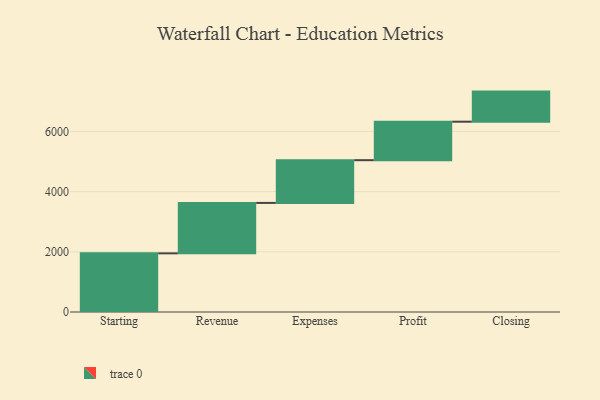
{"axis": {"x": "Step", "y": "Value"}, "legend": [""], "data": [{"x": "Starting", "y": 1949.0, "type": ""}, {"x": "Revenue", "y": 1676.0, "type": ""}, {"x": "Expenses", "y": 1420.0, "type": ""}, {"x": "Profit", "y": 1279.0, "type": ""}, {"x": "Closing", "y": 1000, "type": ""}]}